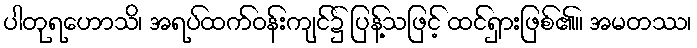
ပါတုရဟောသိ၊ အရပ်ထက်ဝန်းကျင်၌ ပြန့်သဖြင့် ထင်ရှားဖြစ်၏။ အမတဿ၊